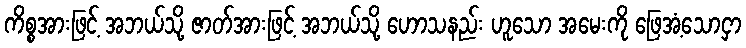
ကိစ္စအားဖြင့် အဘယ်သို့ ဇာတ်အားဖြင့် အဘယ်သို့ ဟောသနည်း ဟူသော အမေးကို ဖြေအံ့သောငှာ